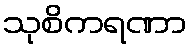
သုစိကရဏာ